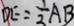
D E = \frac { 1 } { 2 } A B